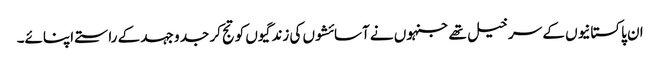
ان پاکستانیوں کے سرخیل تھے جنہوں نے آسائشوں کی زندگیوں کو تج کر جد و جہد کے راستے اپنائے۔